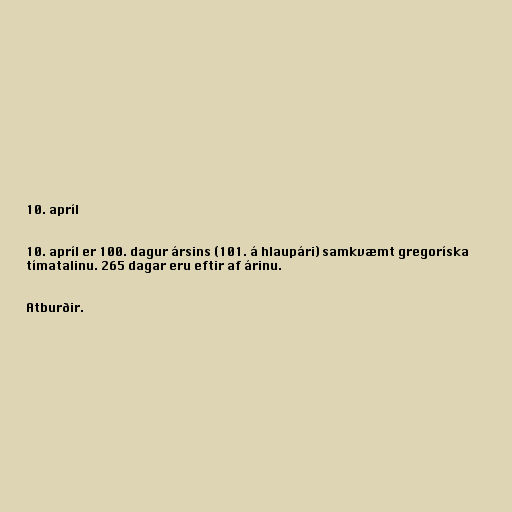
10. apríl

10. apríl er 100. dagur ársins (101. á hlaupári) samkvæmt gregoríska
tímatalinu. 265 dagar eru eftir af árinu.

Atburðir.